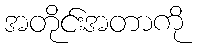
အတိုင်းအတာကို